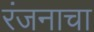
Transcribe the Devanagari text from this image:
रंजनाचा